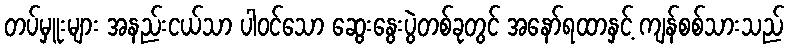
တပ်မှူးများ အနည်းငယ်သာ ပါဝင်သော ဆွေးနွေးပွဲတစ်ခုတွင် အနော်ရထာနှင့် ကျန်စစ်သားသည်